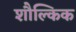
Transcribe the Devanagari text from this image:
शौल्किक